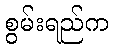
စွမ်းရည်က